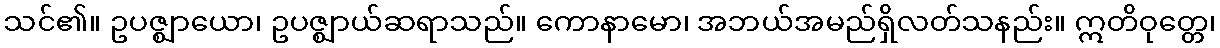
သင်၏။ ဥပဇ္ဈာယော၊ ဥပဇ္ဈာယ်ဆရာသည်။ ကောနာမော၊ အဘယ်အမည်ရှိလတ်သနည်း။ ဣတိဝုတ္တေ၊